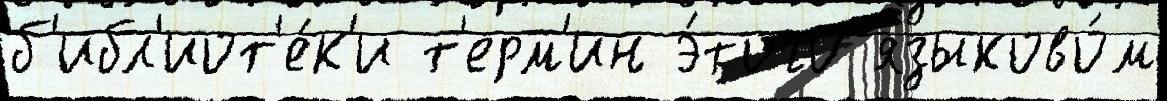
б'ибл'иот'е́к'и т'ерм'ин э́того языково́м